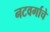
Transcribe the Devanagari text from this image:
नटवर्गाचे